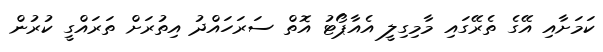
ކަމަށާއި އޭގެ ތެރޭގައި މާމިގިލީ އެއާޕޯޓު އޮތް ސަރަހައްދު އިތުރަށް ތަރައްގީ ކުރުން